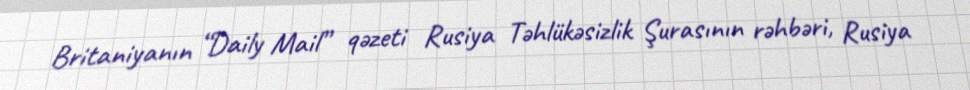
Britaniyanın “Daily Mail” qəzeti Rusiya Təhlükəsizlik Şurasının rəhbəri, Rusiya